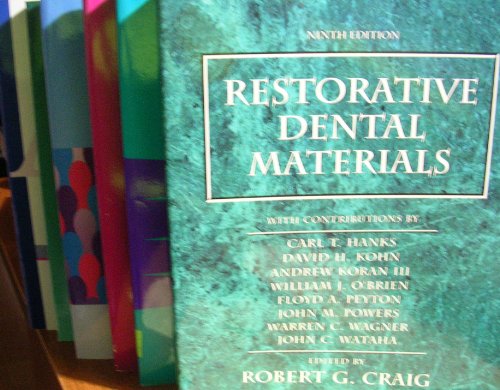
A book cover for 6 Book Bundle On Dental, Titles: Restorative Dental Materials (Ninth Ed.) - *Materials in Dentistry - Infection Control - Anatomy of Orofacial Structures (Fifth Ed.) - Head Neck and Dental Anatomy - Clinical Dental Terminology (Fourth Edition); Ferracane; Medical Books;